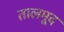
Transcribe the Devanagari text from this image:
तालमूद